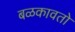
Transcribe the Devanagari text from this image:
बळकावतो